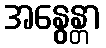
အနွေန္တာ